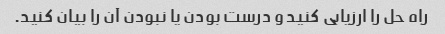
راه حل را ارزیابی کنید و درست بودن یا نبودن آن را بیان کنید.